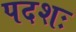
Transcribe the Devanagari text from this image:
पदशः